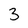
Character: 3